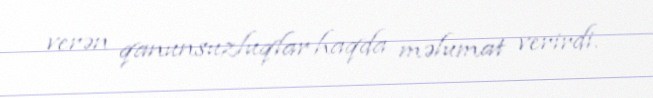
verən qanunsuzluqlar haqda məlumat verirdi.